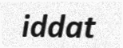
iddat